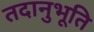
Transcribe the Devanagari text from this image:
तदानुभूति